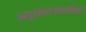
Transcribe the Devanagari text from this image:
अनुसंधानकारियों